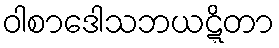
ဝါစာဒေါသဘယဋ္ဋိတာ